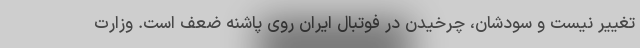
تغییر نیست و سودشان، چرخیدن درِ فوتبال ایران روی پاشنه ضعف است. وزارت